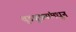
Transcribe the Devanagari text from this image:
बुडबुड्यांमधून